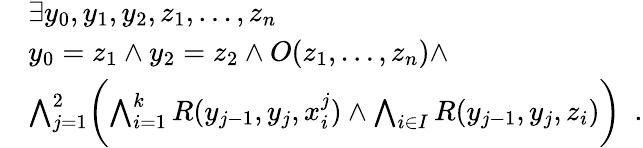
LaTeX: \begin{array}{rl}&{\exists y_{0},y_{1},y_{2},z_{1},\dotsc,z_{n}}\\ &{y_{0}=z_{1}\wedge y_{2}=z_{2}\wedge O(z_{1},\dotsc,z_{n})\wedge}\\ &{\bigwedge_{j=1}^{2}\biggl(\bigwedge_{i=1}^{k}R(y_{j-1},y_{j},x_{i}^{j})\wedge\bigwedge_{i\in I}R(y_{j-1},y_{j},z_{i})\biggr)\enspace.}\end{array}